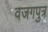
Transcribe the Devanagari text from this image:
वजगपुत्र